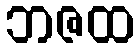
ဘဇထ